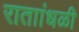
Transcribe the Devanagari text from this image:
राताांधळी